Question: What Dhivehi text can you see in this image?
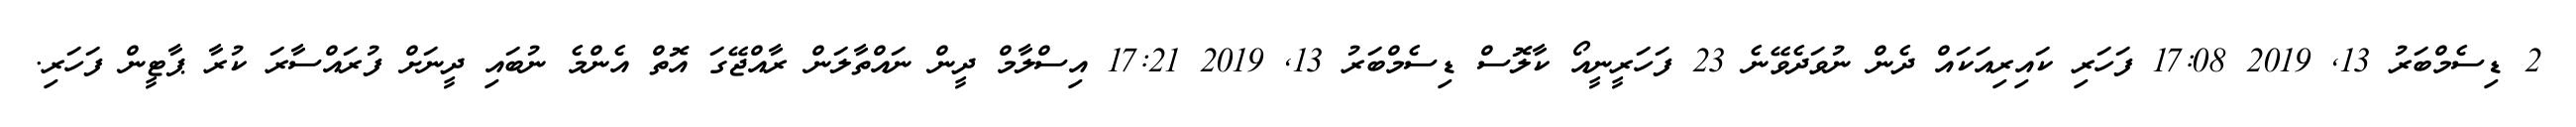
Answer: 2 ޑިސެމްބަރު 13, 2019 17:08 ފަހަރި ކައިރިއަކައް ދެން ނުވަދެވޭނެ 23 ފަހަރީނީއޯ ކާލޮސް ޑިސެމްބަރު 13, 2019 17:21 އިސްލާމް ދީން ނައްތާލަން ރާއްޖޭގަ އޮތް އެންމެ ނުބައި ދީނަށް ފުރައްސާރަ ކުރާ ޕާޓީން ފަހަރި.